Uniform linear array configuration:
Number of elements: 16
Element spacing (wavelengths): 1
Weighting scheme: kaiser
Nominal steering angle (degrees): -45
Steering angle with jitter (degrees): -45.277
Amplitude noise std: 0.05
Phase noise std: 0.05

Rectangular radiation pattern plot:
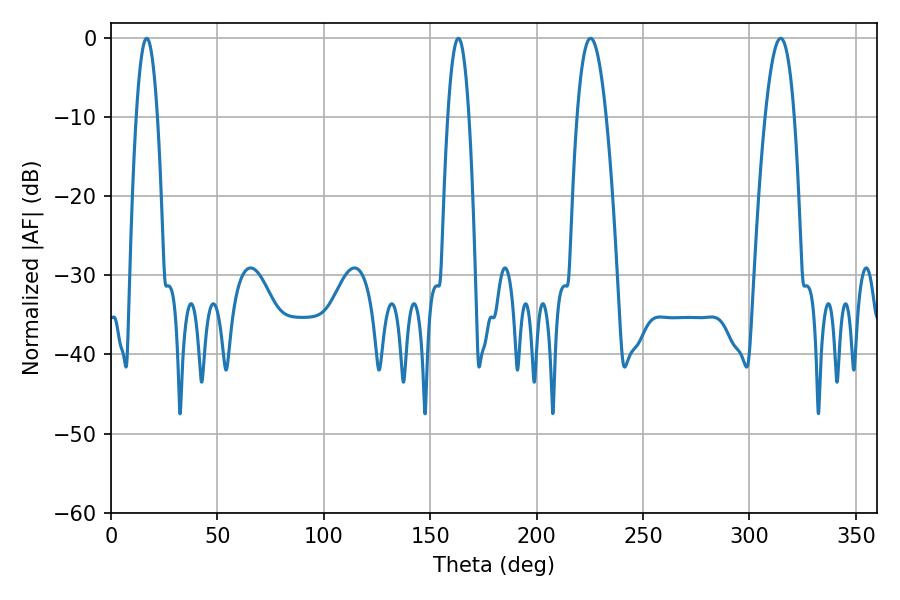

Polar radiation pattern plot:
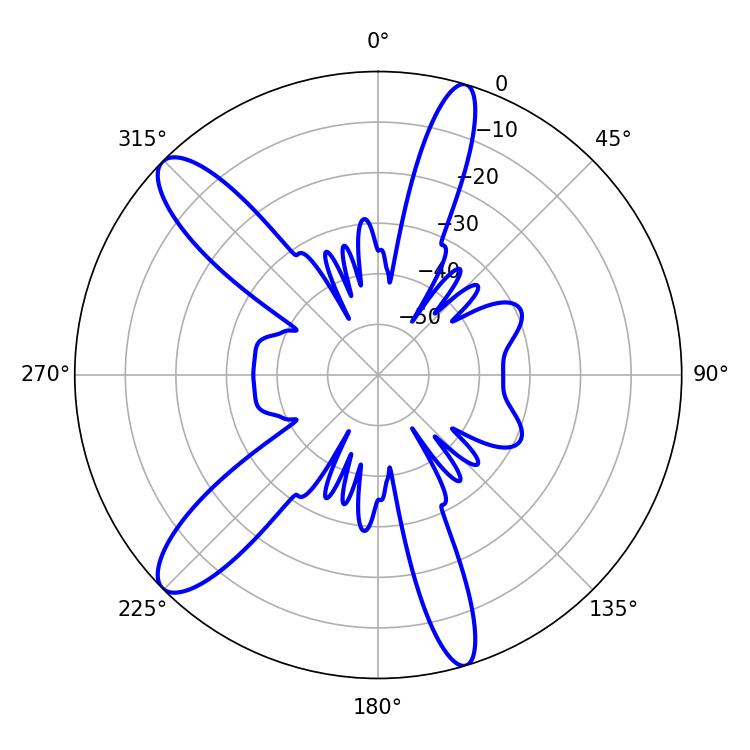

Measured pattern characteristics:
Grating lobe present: TRUE
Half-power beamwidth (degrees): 7.56
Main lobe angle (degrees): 225.36